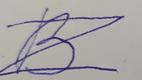
Signature authenticity: forged